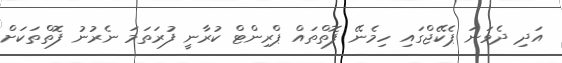
އަދި ދެވަނަ ޕެކޭޖްގައި ހިމެނޭ ފޮތްތައް ޕްރިންޓް ކުރާނީ ފުރަތަމަ ނެރުނު ފޮތްތަކަށް